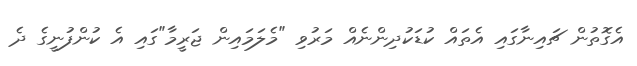
އެގޮތުން ޗައިނާގައި އެތައް ކުޑަކުދިންނެއް މަރުވި "މެލަމައިން ޖަރީމާ"ގައި އެ ކުންފުނީގެ ދެ